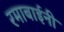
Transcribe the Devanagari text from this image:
रमाबाईनी